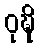
ဝုဍ္ဎိ